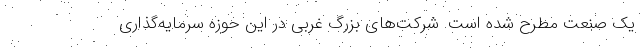
یک صنعت مطرح شده‌ است. شرکت‌های بزرگ غربی در این حوزه سرمایه‌گذاری